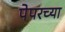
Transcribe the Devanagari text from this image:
पेपरच्या